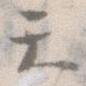
て